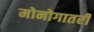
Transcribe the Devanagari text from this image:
मोनोगातरी